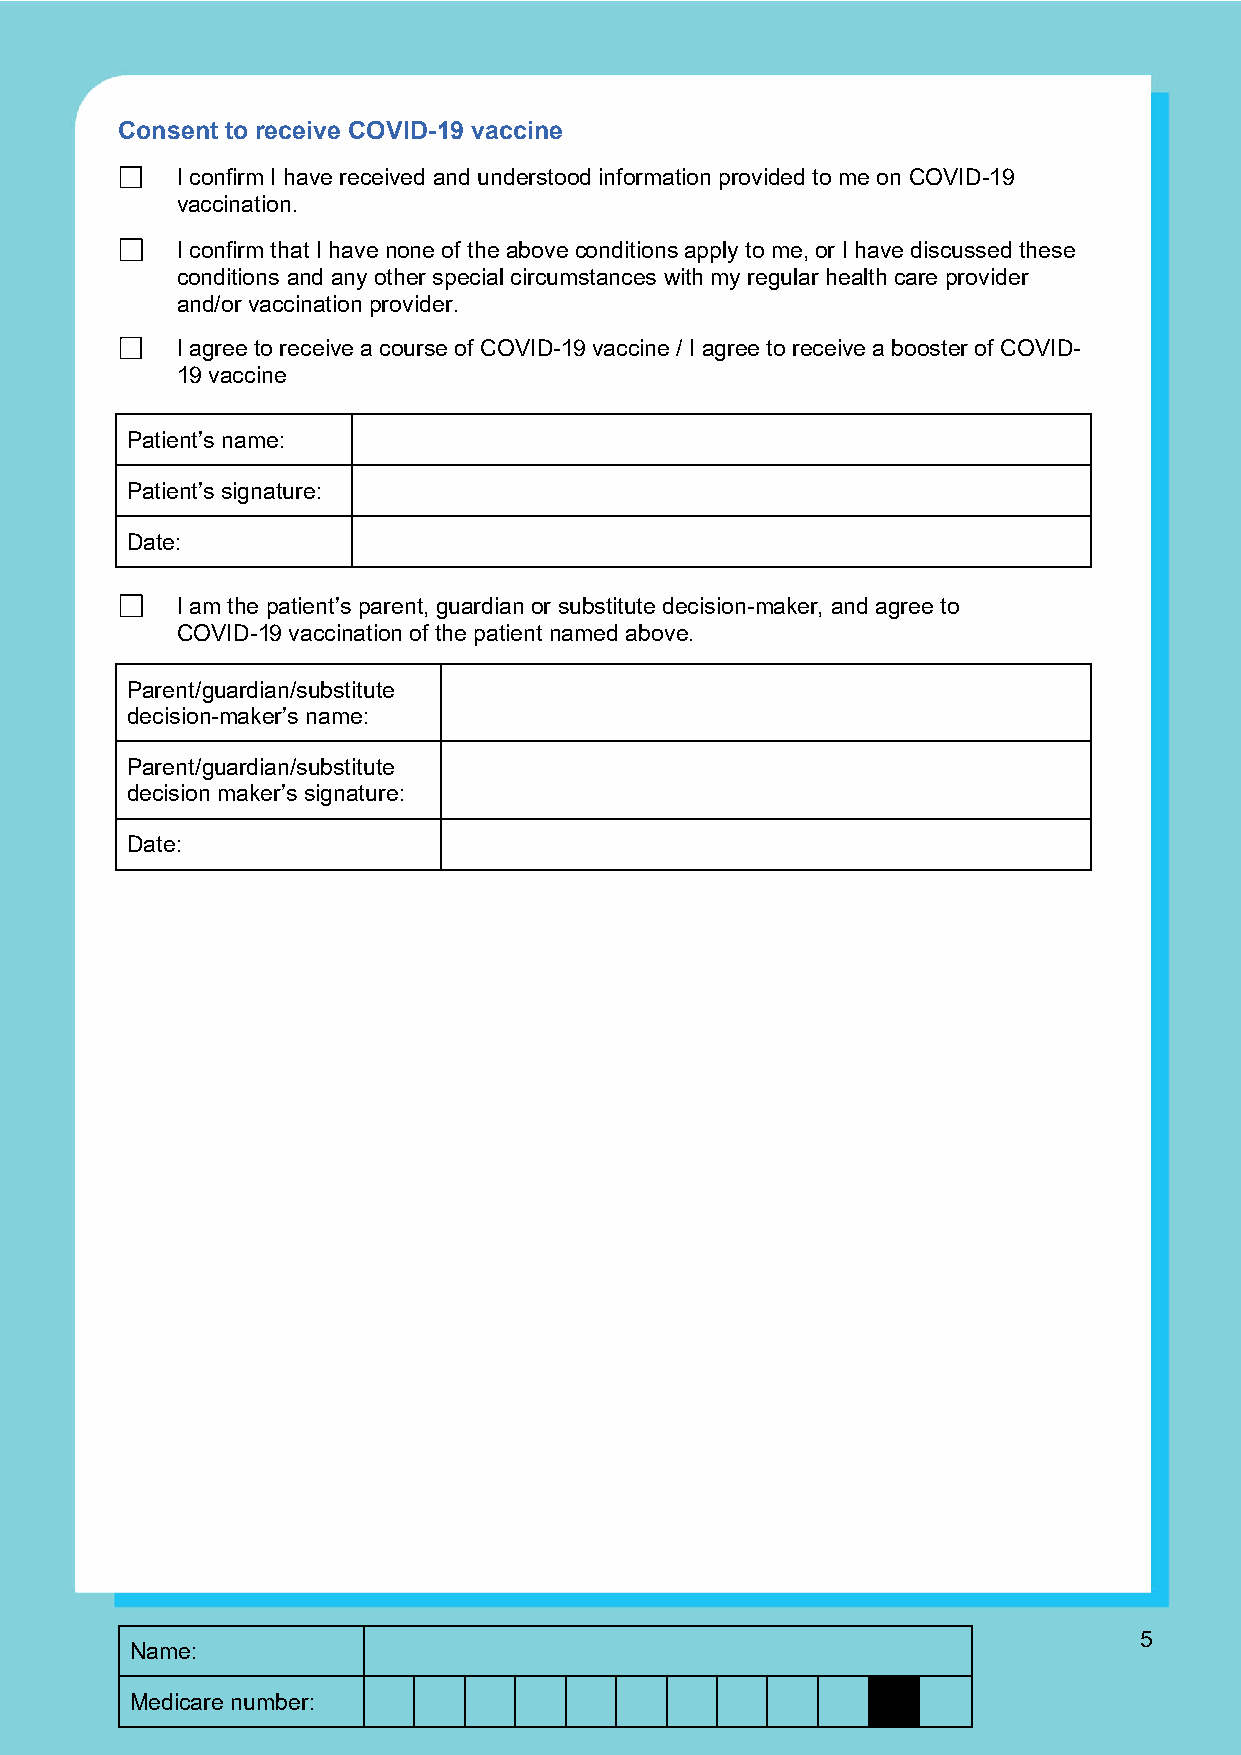
Consent to receive COVID-19 vaccine
 I confirm I have received and understood information provided to me on COVID-19
 vaccination.
 I confirm that I have none of the above conditions apply to me, or I have discussed these
 conditions and any other special circumstances with my regular health care provider
 and/or vaccination provider.
 I agree to receive a course of COVID-19 vaccine / I agree to receive a booster of COVID-
 19 vaccine
 Patient’s name:
 Patient’s signature:
 Date:
 I am the patient’s parent, guardian or substitute decision-maker, and agree to
 COVID-19 vaccination of the patient named above.
 Parent/guardian/substitute
 decision-maker’s name:
 Parent/guardian/substitute
 decision maker’s signature:
 Date:
 5
 Name:
 Medicare number: